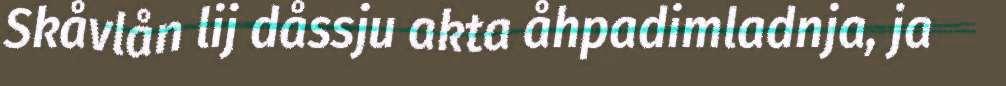
Skåvlån lij dåssju akta åhpadimladnja, ja